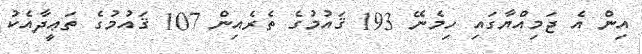
އިން އެ ޖަމިއްޔާގައި ހިމެނޭ 193 ޤައުމުގެ ތެރެއިން 107 ޤައުމުގެ ތަޢީދާއެކު